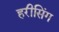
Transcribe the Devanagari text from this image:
हरीसिंग